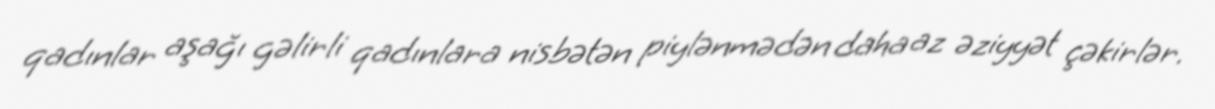
qadınlar aşağı gəlirli qadınlara nisbətən piylənmədən daha az əziyyət çəkirlər.